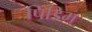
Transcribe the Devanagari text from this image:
पिडिम